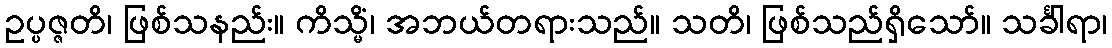
ဥပ္ပဇ္ဇတိ၊ ဖြစ်သနည်း။ ကိသ္မိံ၊ အဘယ်တရားသည်။ သတိ၊ ဖြစ်သည်ရှိသော်။ သင်္ခါရာ၊